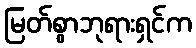
မြတ်စွာဘုရားရှင်က